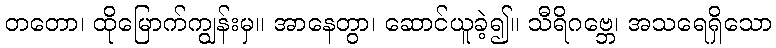
တတော၊ ထိုမြောက်ကျွန်းမှ။ အာနေတွာ၊ ဆောင်ယူခဲ့၍။ သီရိဂဗ္ဘေ၊ အသရေရှိသော